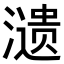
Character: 𬉋